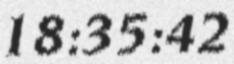
18:35:42